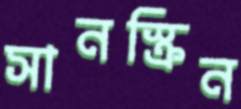
সানস্ক্রিন